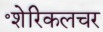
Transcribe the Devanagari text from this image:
॰शेरिकलचर